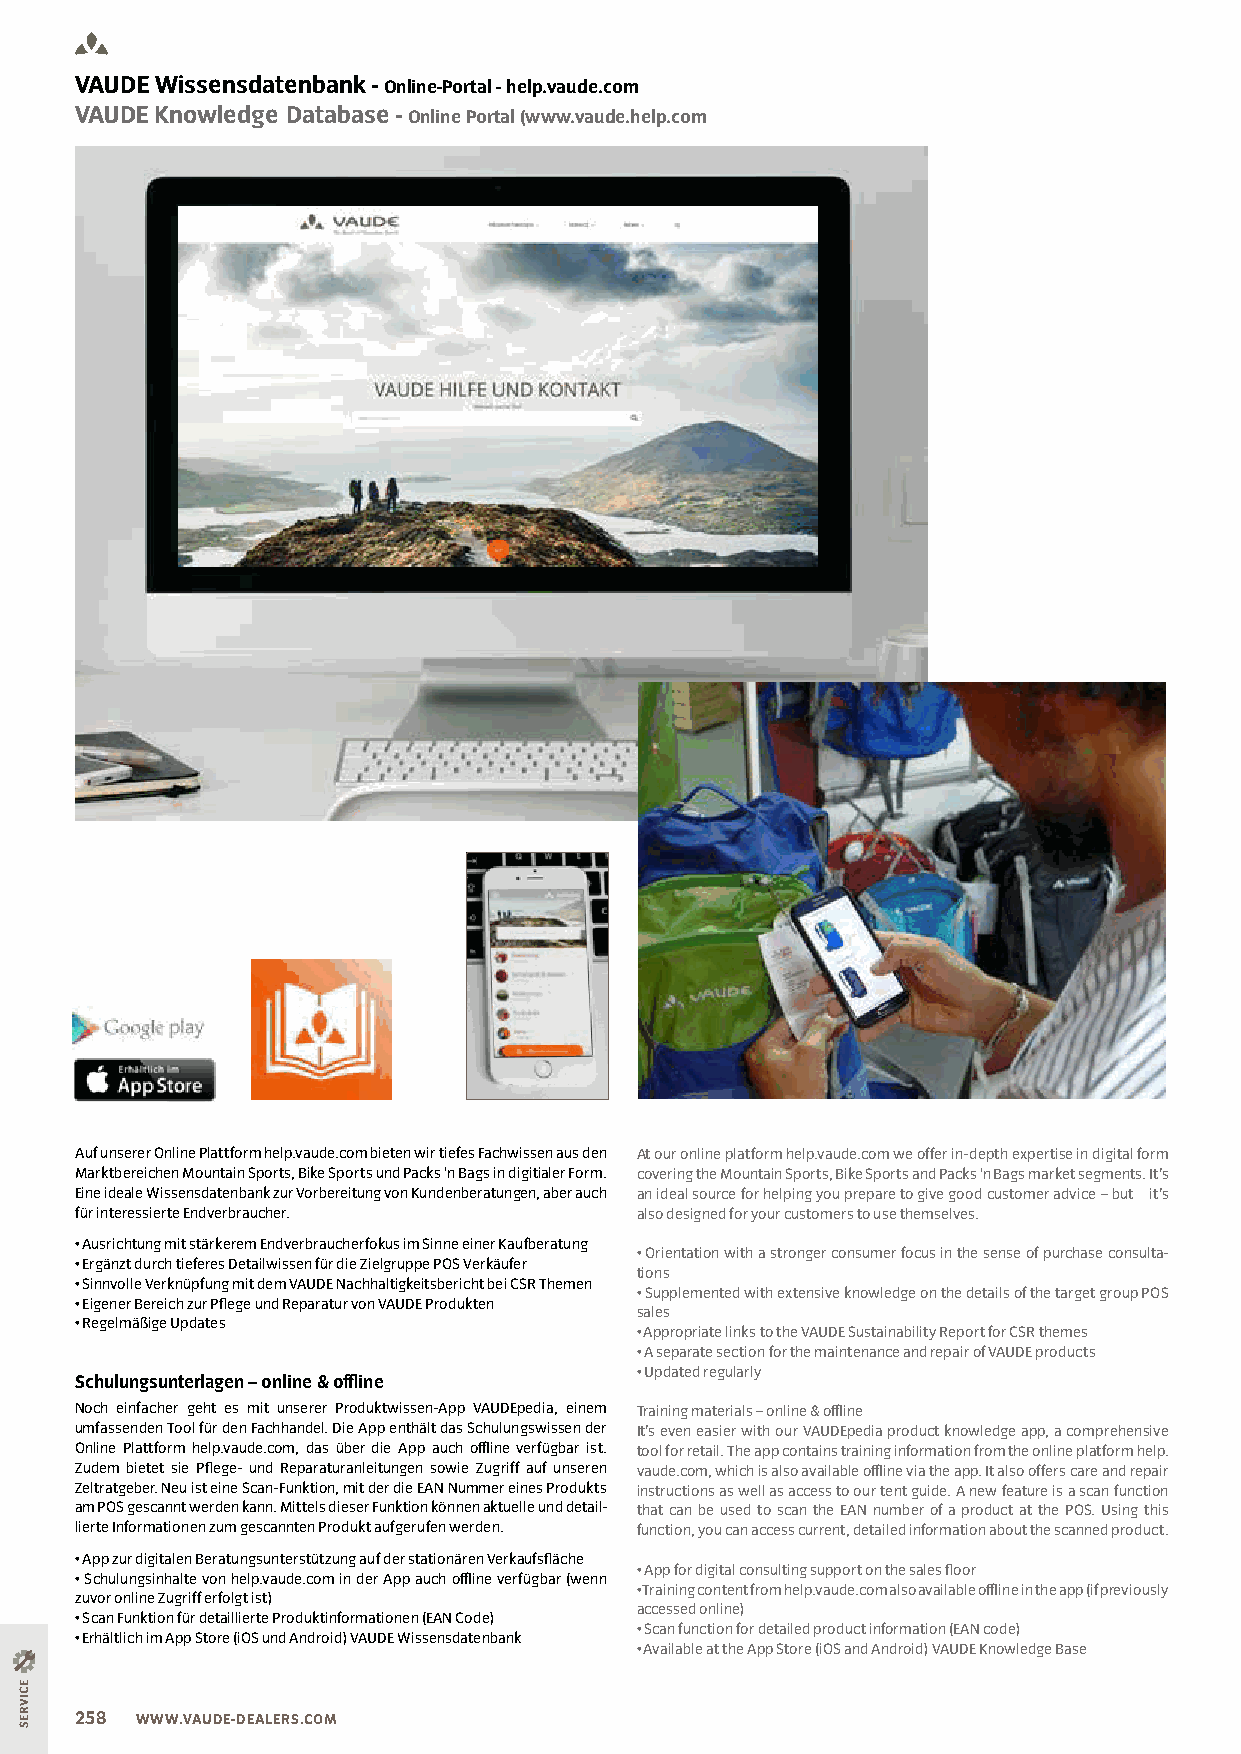
VAUDE Wissensdatenbank - Online-Portal - help.vaude.com
 VAUDE Knowledge Database - Online Portal (www.vaude.help.com
 Auf unserer Online Plattform help.vaude.com bieten wir tiefes Fachwissen aus den At our online platform help.vaude.com we offer in-depth expertise in digital form
 Marktbereichen Mountain Sports, Bike Sports und Packs ‘n Bags in digitialer Form. covering the Mountain Sports, Bike Sports and Packs ‘n Bags market segments. It’s
 Eine ideale Wissensdatenbank zur Vorbereitung von Kundenberatungen, aber auch an ideal source for helping you prepare to give good customer advice – but it’s
 für interessierte Endverbraucher.    also designed for your customers to use themselves.
 • Ausrichtung mit stärkerem Endverbraucherfokus im Sinne einer Kaufberatung
 • Orientation with a stronger consumer focus in the sense of purchase consulta-
 • Ergänzt durch tieferes Detailwissen für die Zielgruppe POS Verkäufer
 tions
 • Sinnvolle Verknüpfung mit dem VAUDE Nachhaltigkeitsbericht bei CSR Themen
 • Supplemented with extensive knowledge on the details of the target group POS
 • Eigener Bereich zur Plege und Reparatur von VAUDE Produkten
 sales
 • Regelmäßige Updates
 • Appropriate links to the VAUDE Sustainability Report for CSR themes
 • A separate section for the maintenance and repair of VAUDE products
 • Updated regularly
 Schulungsunterlagen – online & oline
 Noch einfacher geht es mit unserer Produktwissen-App VAUDEpedia, einem Training materials – online & oline
 umfassenden Tool für den Fachhandel. Die App enthält das Schulungswissen der It’s even easier with our VAUDEpedia product knowledge app, a comprehensive
 Online Plattform help.vaude.com, das über die App auch oline verfügbar ist. tool for retail. The app contains training information from the online platform help.
 Zudem bietet sie Plege- und Reparaturanleitungen sowie Zugriff auf unseren vaude.com, which is also available oline via the app. It also offers care and repair
 Zeltratgeber. Neu ist eine Scan-Funktion, mit der die EAN Nummer eines Produkts instructions as well as access to our tent guide. A new feature is a scan function
 am POS gescannt werden kann. Mittels dieser Funktion können aktuelle und detail- that can be used to scan the EAN number of a product at the POS. Using this
 lierte Informationen zum gescannten Produkt aufgerufen werden. function, you can access current, detailed information about the scanned product.
 • App zur digitalen Beratungsunterstützung auf der stationären Verkaufsläche
 • App for digital consulting support on the sales loor
 • Schulungsinhalte von help.vaude.com in der App auch oline verfügbar (wenn
 • Training content from help.vaude.com also available oline in the app (if previously
 zuvor online Zugriff erfolgt ist)
 accessed online)
 • Scan Funktion für detaillierte Produktinformationen (EAN Code)
 • Scan function for detailed product information (EAN code)
 • Erhältlich im App Store (iOS und Android) VAUDE Wissensdatenbank
 • Available at the App Store (iOS and Android) VAUDE Knowledge Base
 258 WWW.VAUDE-DEALERS.COM
 ECIVRES